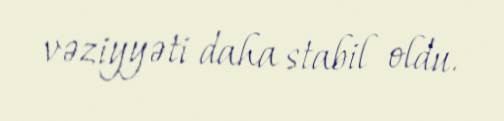
vəziyyəti daha stabil oldu.